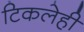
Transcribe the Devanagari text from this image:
टिकलेही